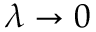
\lambda \rightarrow 0